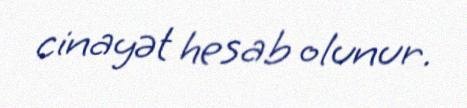
cinayət hesab olunur.